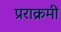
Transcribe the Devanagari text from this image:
प्रराक्रमी